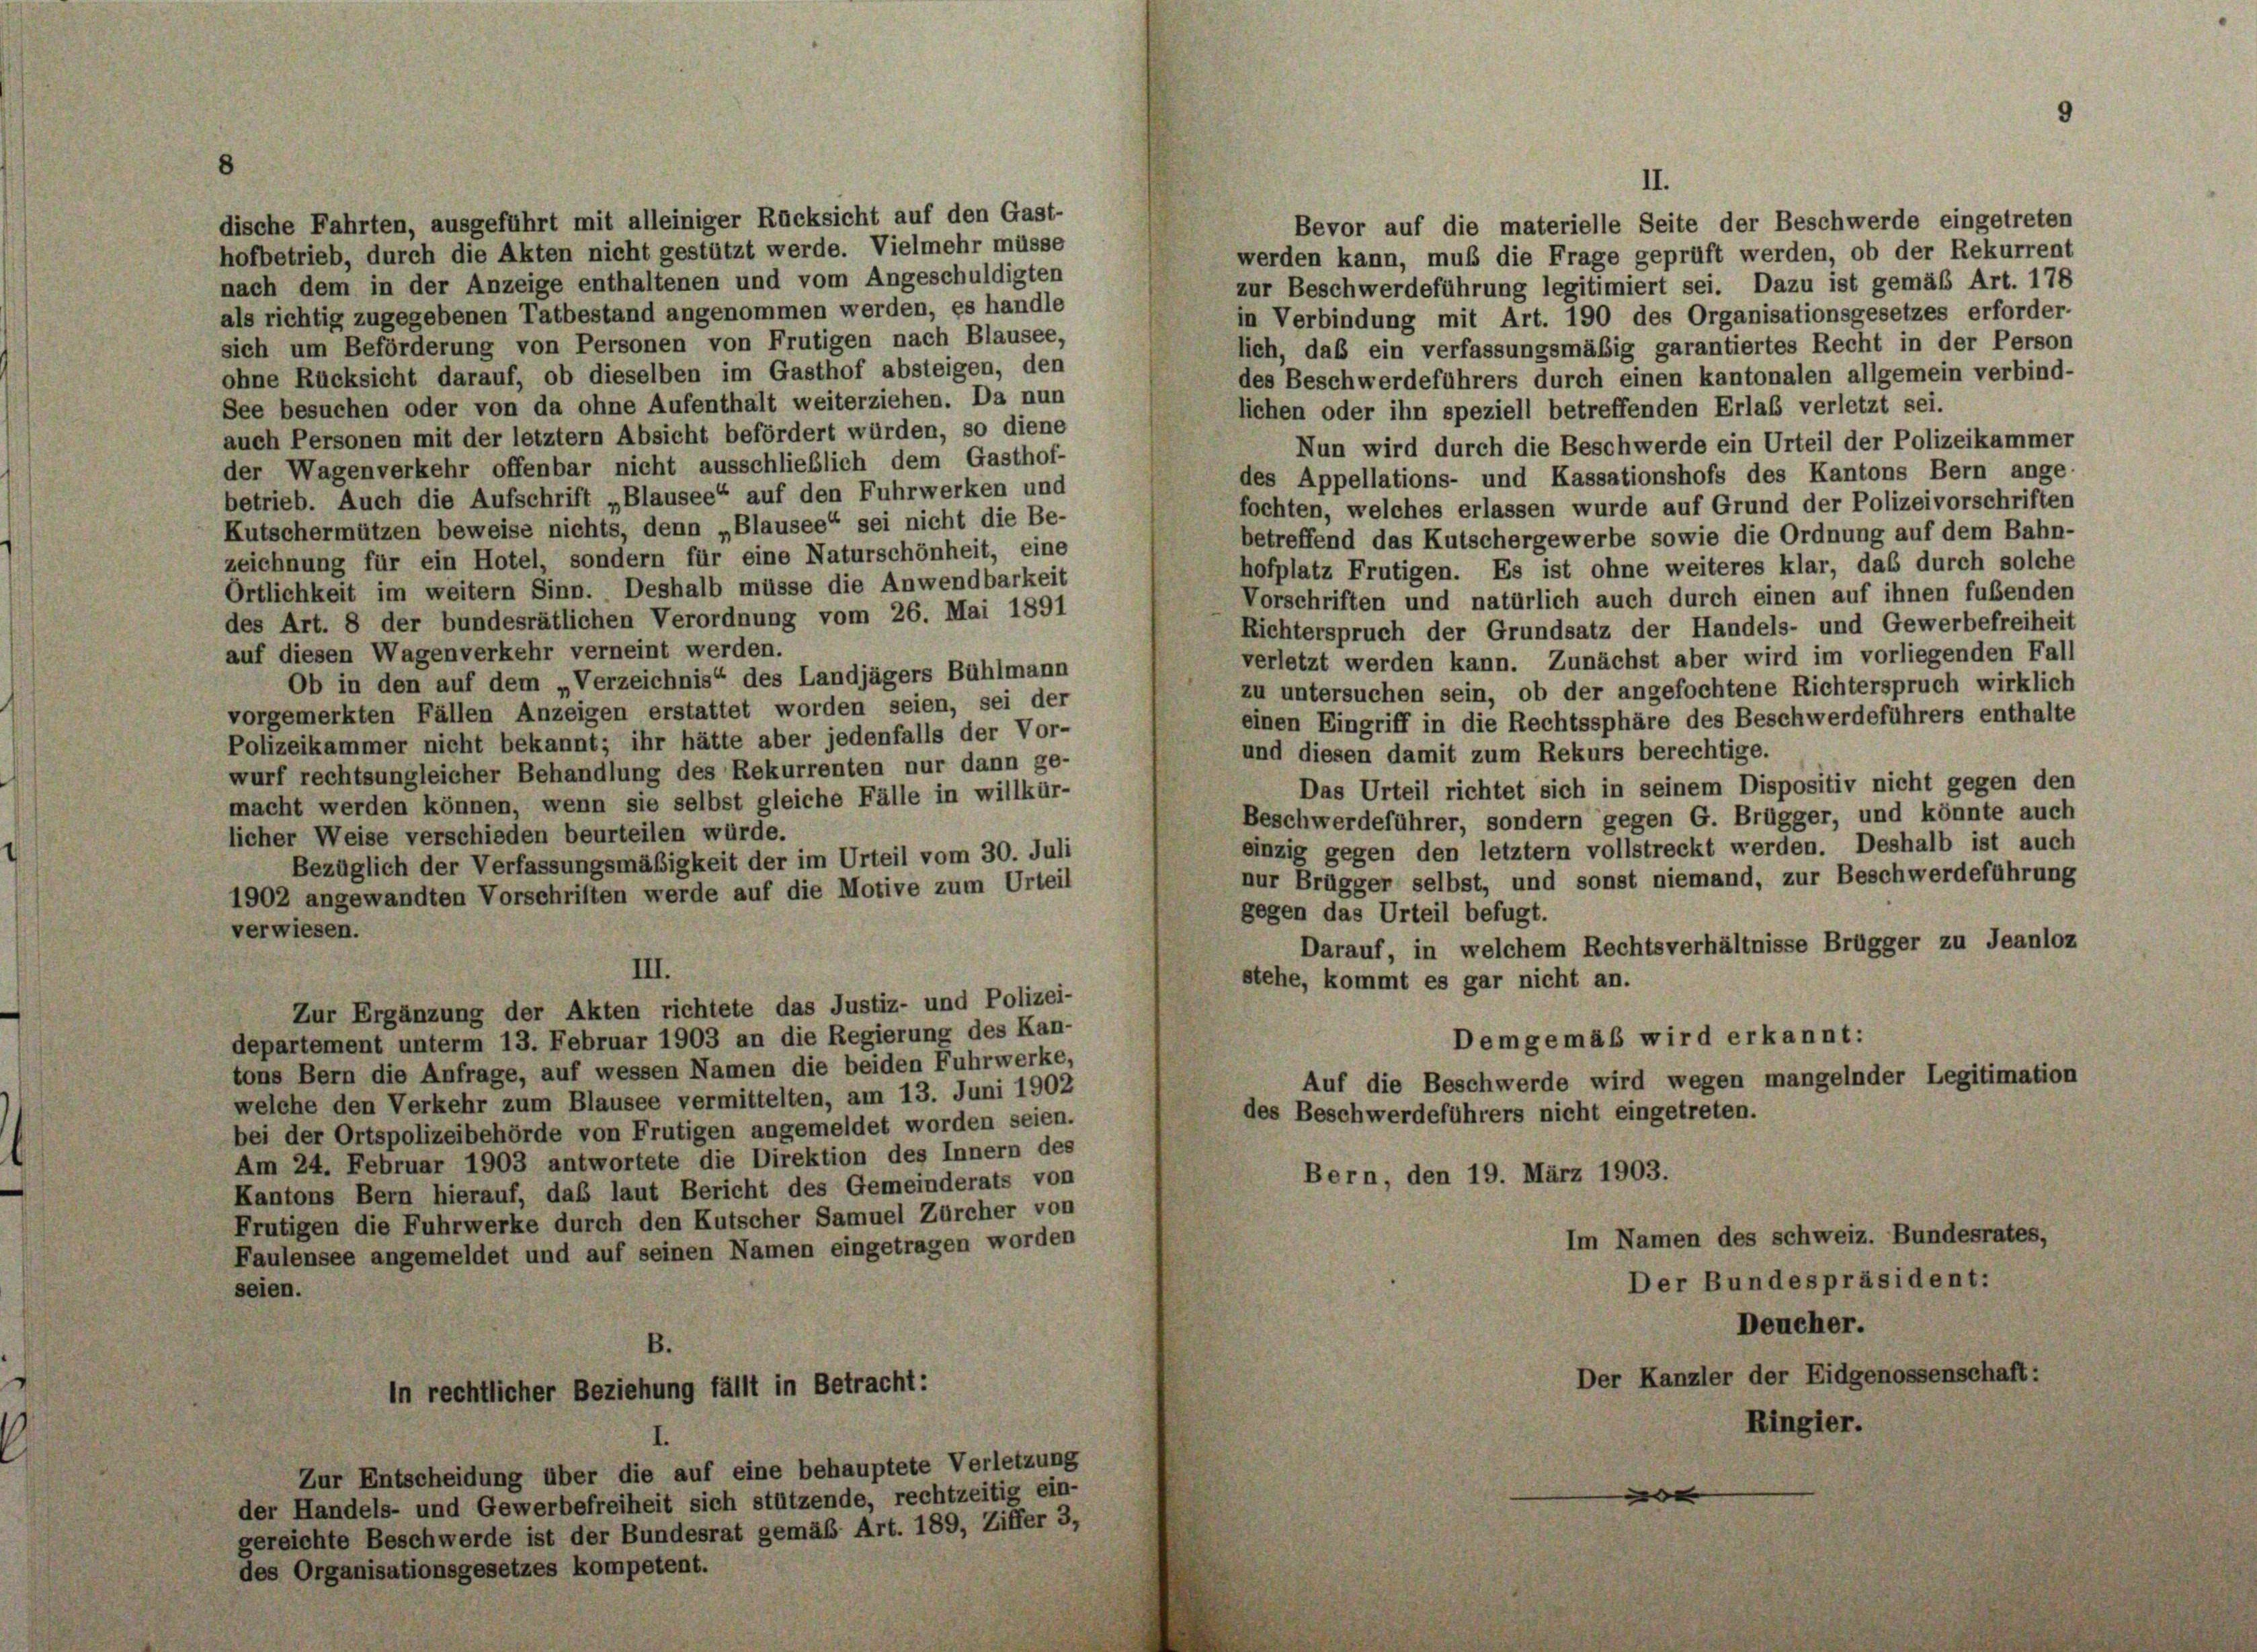
dische Fahrten, ausgeführt mit alleiniger Rücksicht auf den Gast-
Bevor auf die materielle Seite der Beschwerde eingetreten
hofbetrieb, durch die Akten nicht gestützt werde. Vielmehr müsse
werden kann, muß die Frage geprüft werden, ob der Rekurrent
nach dem in der Anzeige enthaltenen und vom Angeschuldigten
zur Beschwerdeführung legitimiert sei. Dazu ist gemäß Art. 178
als richtig zugegebenen Tatbestand angenommen werden, es handle
in Verbindung mit Art. 190 des Organisationsgesetzes erforder-
sich um Beförderung von Personen von Frutigen nach Blausee,
lich, das ein verfassungsmäßig garantiertes Recht in der Person
ohne Rücksicht darauf, ob dieselben im Gasthof absteigen, den
des Beschwerdeführers durch einen kantonalen allgemein verbind-
See besuchen oder von da ohne Aufenthalt weiterziehen. Da nun
lichen oder ihn speziell betreffenden Erlaß verletzt sei.
auch Personen mit der letztem Absicht befördert würden, so diene
Nun wird durch die Beschwerde ein Urteil der Polizeikammer
der Wagenverkehr offenbar nicht ausschließlich dem Gasthof-
des Appellations- und Kassationshofs des Kantons Bern ange-
betrieb. Auch die Aufschrift „Blausee“ auf den Fuhrwerken und
fochten, welches erlassen wurde auf Grund der Polizeivorschriften
Kutschermützen beweise nichts, denn „Blausee“ sei nicht die Be-
betreffend das Kutschergewerbe sowie die Ordnung auf dem Bahn-
zeichnung für ein Hotel, sondern für eine Naturschönheit, eine
hofplatz Frutigen. Es ist ohne weiteres klar, das durch solche
Ortlichkeit im weitern Sinn. Deshalb müsse die Anwendbarkeit
Vorschriften und natürlich auch durch einen auf ihnen fubenden
des Art. 8 der bundesrätlichen Verordnung vom 26. Mai 1891
Richterspruch der Grundsatz der Handels- und Gewerbefreiheit
auf diesen Wagenverkehr verneint werden.
verletzt werden kann. Zunächst aber wird im vorliegenden Fall
Ob in den auf dem „Verzeichnis“ des Landjägers Bühlmann
zu untersuchen sein, ob der angefochtene Richterspruch wirklich
vorgemerkten Fällen Anzeigen erstattet worden seien, sei der
einen Eingriff in die Rechtssphäre des Beschwerdeführers enthalte
Polizeikammer nicht bekannt; ihr hätte aber jedenfalls der Vor-
und diesen damit zum Rekurs berechtige.
wurf rechtsungleicher Behandlung des Rekurrenten nur dann ge-
Das Urteil richtet sich in seinem Dispositiv nicht gegen den
macht werden können, wenn sie selbst gleiche Fälle in willkür-
Beschwerdeführer, sondern gegen G. Brügger, und könnte auch
licher Weise verschieden beurteilen würde.
einzig gegen den letztem vollstreckt werden. Deshalb ist auch
Bezüglich der Verfassungsmäßigkeit der im Urteil vom 30. Juli
nur Brügger selbst, und sonst niemand, zur Beschwerdeführung
1902 angewandten Vorschriften werde auf die Motive zum Urteil
gegen das Urteil befugt.
verwiesen.
Darauf, in welchem Rechtsverhältnisse Brügger zu Jeanloz
III.
stehe, kommt es gar nicht an.
Zur Ergänzung der Akten richtete das Justiz- und Polizei-
departement unterm 13. Februar 1903 an die Regierung des Kan-
Demgemäß wird erkannt:
tons Bern die Anfrage, auf wessen Namen die beiden Fuhrwerke,
Auf die Beschwerde wird wegen mangelnder Legitimation
welche den Verkehr zum Blausee vermittelten, am 13. Juni 1902
des Beschwerdeführers nicht eingetreten.
bei der Ortspolizeibehörde von Frutigen angemeldet worden seien.
Am 24. Februar 1903 antwortete die Direktion des Innern des
Bern, den 19. März 1903.
Kantons Bern hierauf, das laut Bericht des Gemeinderats von
Frutigen die Fuhrwerke durch den Kutscher Samuel Zürcher von
Im Namen des schweiz. Bundesrates,
Faulensee angemeldet und auf seinen Namen eingetragen worden
Der Bundespräsident:
seien.

E

l in Bet

3 bet
h stützende, res

e Verletzt

II.

Deucher.

Der B